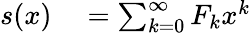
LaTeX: \begin{array}{rl}{s(x)}&{{}=\sum_{k=0}^{\infty}F_{k}x^{k}}\end{array}